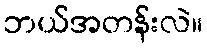
ဘယ်အတန်းလဲ။